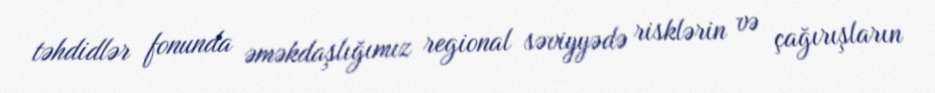
təhdidlər fonunda əməkdaşlığımız regional səviyyədə risklərin və çağırışların